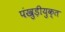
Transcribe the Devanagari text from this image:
पंखुड़ीयुक्त